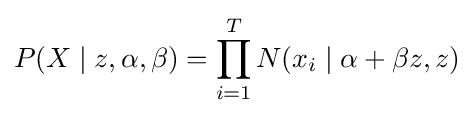
P(X\mid z,\alpha ,\beta )=\prod _{i=1}^{T}N(x_{i}\mid \alpha +\beta z,z)